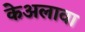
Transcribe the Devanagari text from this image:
केअलावा